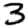
Digit: 3